Indian Civil Veterinary Department memoirs
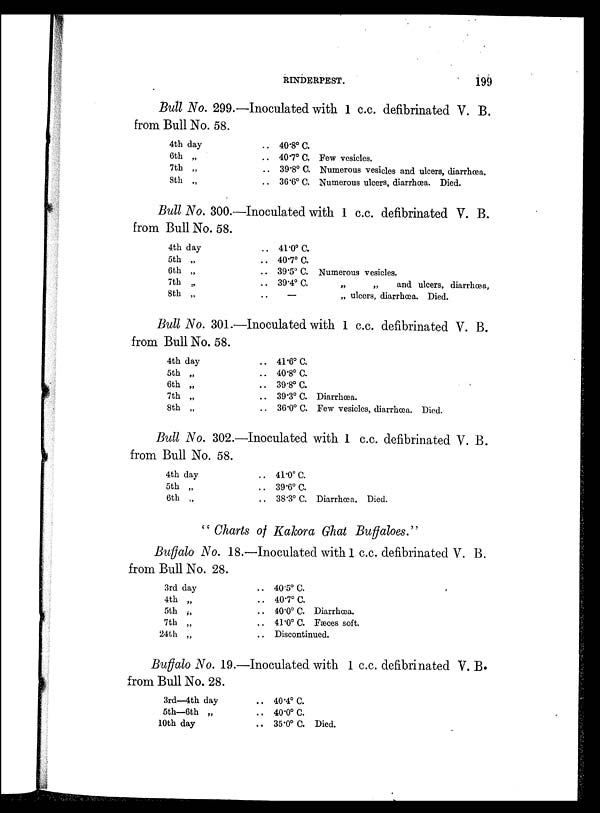
RINDERPEST.
199
Bull No. 299.—Inoculated with 1 c.c. defibrinated V. B.
from Bull No. 58.
4th day
6th „
7th „
8th „
.. 40.8º C.
.. 40.7º C. Few vesicles.
.. 39.8º C. Numerous vesicles and ulcers, diarrhœa.
.. 36.6º C. Numerous ulcers, diarrhœa. Died.
Bull No. 300.—Inoculated with 1 c.c. defibrinated V. B.
from Bull No. 58.
4th day
5th „
6th „
7th „
8th „
.. 41.0º C.
.. 40.7º C.
.. 39.5º C. Numerous vesicles.
.. 39.4º C.
„
„
and ulcers, diarrhœa,
.. —
„ ulcers, diarrhœa. Died.
Bull No. 301.—Inoculated with 1 c.c. defibrinated V. B.
from Bull No. 58.
4th day
5th „
6th „
7th „
8th „
.. 41.6º C.
.. 40.8º C.
.. 39.8º C.
.. 39.3º C. Diarrhœa.
.. 36.0º C. Few vesicles, diarrhœa. Died
Bull No. 302.—Inoculated with 1 c.c. defibrinated V. B.
from Bull No. 58.
4th day
5th „
6th „
.. 41.0º C.
.. 39.6º C.
.. 38.3º C. Diarrhœa. Died.
" Charts of Kakora Ghat Buffaloes."
Buffalo No. 18.—Inoculated with 1 c.c. defibrinated V. B.
from Bull No. 28.
3rd day
4th „
5th „
7th „
24th „
.. 40.5º C.
.. 40.7º C.
.. 40.0º C. Diarrhœa.
.. 41.0º C. Fæces soft.
.. Discontinued.
Buffalo No. 19.—Inoculated with 1 c.c. defibrinated V. B.
from Bull No. 28.
3rd—4th day
5th—6th „
10th day
.. 40.4º C.
.. 40.0º C.
.. 35.0º C. Died.